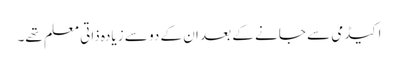
اکیڈمی سے جانے کے بعد ان کے دو سے زیادہ ذاتی معلم تھے۔